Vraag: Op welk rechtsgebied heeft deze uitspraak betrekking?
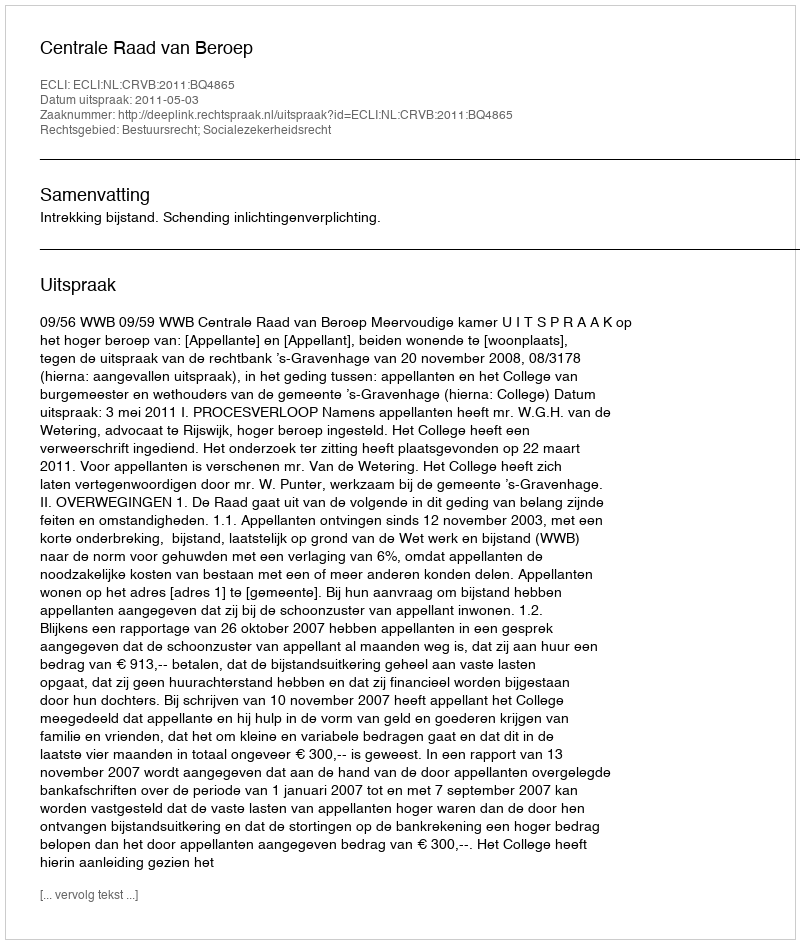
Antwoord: Bestuursrecht; Socialezekerheidsrecht